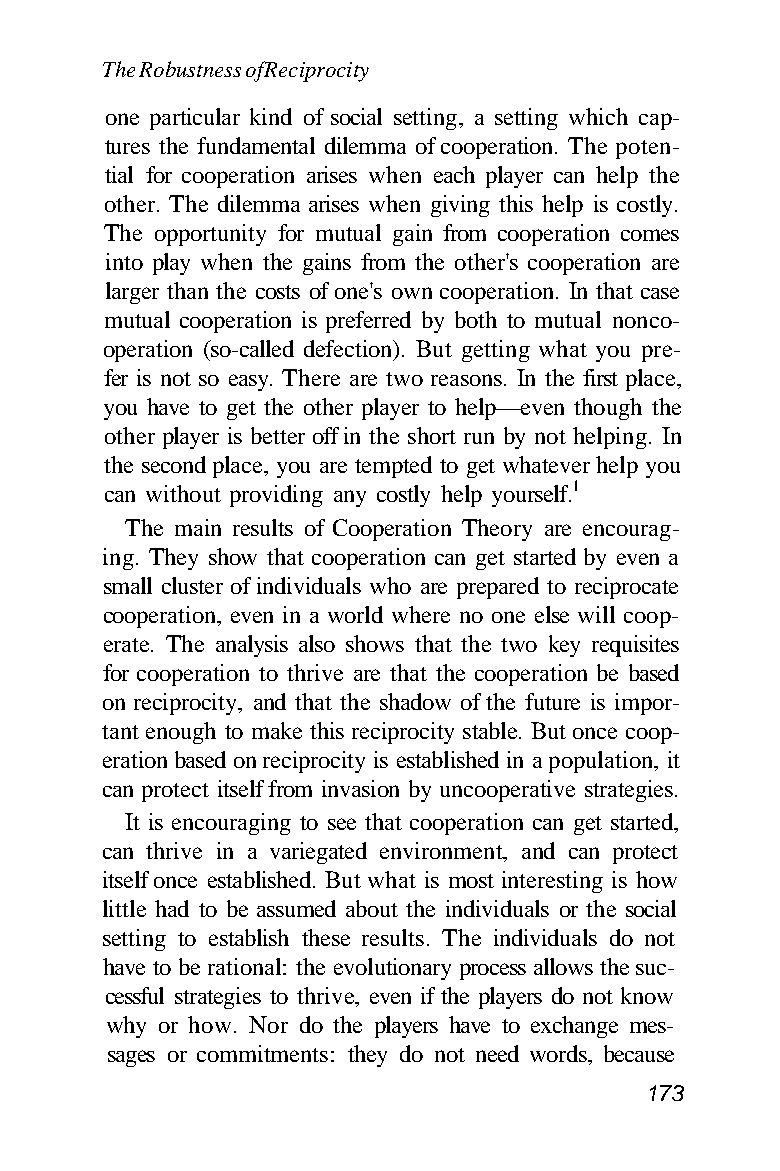
The Robustness of Reciprocity
 one particular kind of social setting, a setting which cap-
 tures the fundamental dilemma of cooperation. The poten-
 tial for cooperation arises when each player can help the
 other. The dilemma arises when giving this help is costly.
 The opportunity for mutual gain from cooperation comes
 into play when the gains from the other's cooperation are
 larger than the costs of one's own cooperation. In that case
 mutual cooperation is preferred by both to mutual nonco-
 operation (so-called defection). But getting what you pre-
 fer is not so easy. There are two reasons. In the first place,
 you have to get the other player to help—even though the
 other player is better off in the short run by not helping. In
 the second place, you are tempted to get whatever help you
 can without providing any costly help yourself.1
 The main results of Cooperation Theory are encourag-
 ing. They show that cooperation can get started by even a
 small cluster of individuals who are prepared to reciprocate
 cooperation, even in a world where no one else will coop-
 erate. The analysis also shows that the two key requisites
 for cooperation to thrive are that the cooperation be based
 on reciprocity, and that the shadow of the future is impor-
 tant enough to make this reciprocity stable. But once coop-
 eration based on reciprocity is established in a population, it
 can protect itself from invasion by uncooperative strategies.
 It is encouraging to see that cooperation can get started,
 can thrive in a variegated environment, and can protect
 itself once established. But what is most interesting is how
 little had to be assumed about the individuals or the social
 setting to establish these results. The individuals do not
 have to be rational: the evolutionary process allows the suc-
 cessful strategies to thrive, even if the players do not know
 why or how. Nor do the players have to exchange mes-
 sages or commitments: they do not need words, because
 173